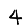
Digit: 4